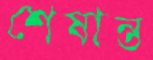
শেষান্ত